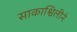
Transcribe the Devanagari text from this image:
साकाश्विलीने